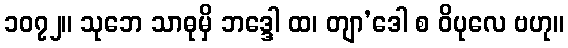
၁၀၇၂။ သုဘေ သာဓုမှိ ဘဒ္ဒေါ ထ၊ တျာ’ဒေါ စ ဝိပုလေ ဗဟု။